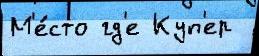
М'е́сто гд'е Куп'ер